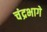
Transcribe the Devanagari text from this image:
चंद्रभागे